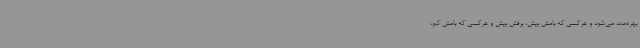
بهره‌مند می‌شود و هرکسی که بامش بیش، برفش بیش و هرکسی که بامش کم،